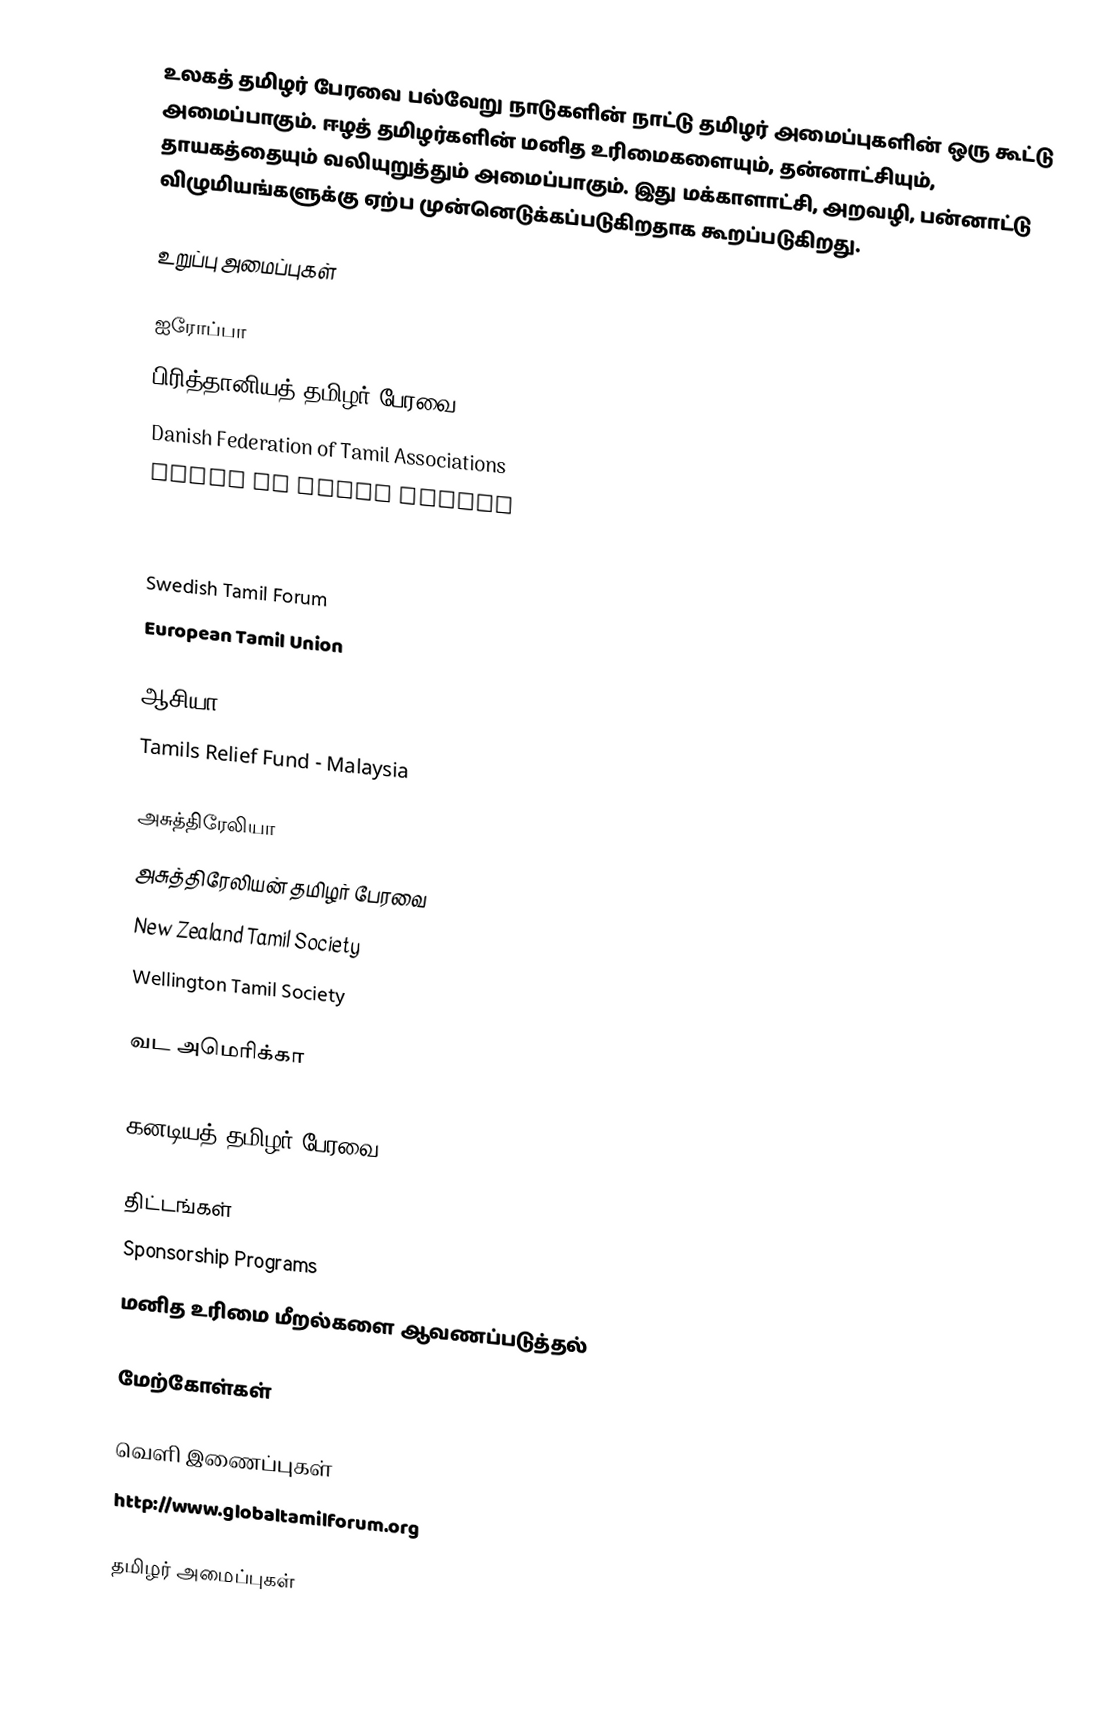
உலகத் தமிழர் பேரவை பல்வேறு நாடுகளின் நாட்டு தமிழர் அமைப்புகளின் ஒரு கூட்டு அமைப்பாகும்.  ஈழத் தமிழர்களின் மனித உரிமைகளையும், தன்னாட்சியும், தாயகத்தையும் வலியுறுத்தும் அமைப்பாகும்.  இது மக்காளாட்சி, அறவழி, பன்னாட்டு விழுமியங்களுக்கு ஏற்ப முன்னெடுக்கப்படுகிறதாக கூறப்படுகிறது.

உறுப்பு அமைப்புகள்

ஐரோப்பா
 பிரித்தானியத் தமிழர் பேரவை
 Danish Federation of Tamil Associations
 House of Eelam Tamils
 Norwegian Council of Eelam Tamils
 Holland Tamil Cultural Centre
 Swedish Tamil Forum
 European Tamil Union

ஆசியா
 Tamils Relief Fund - Malaysia

அசுத்திரேலியா
 அசுத்திரேலியன் தமிழர் பேரவை
 New Zealand Tamil Society
 Wellington Tamil Society

வட அமெரிக்கா
 United States Tamil Political Action Council
 கனடியத் தமிழர் பேரவை

திட்டங்கள்
 Sponsorship Programs
 மனித உரிமை மீறல்களை ஆவணப்படுத்தல்

மேற்கோள்கள்

வெளி இணைப்புகள்
 http://www.globaltamilforum.org

தமிழர் அமைப்புகள்